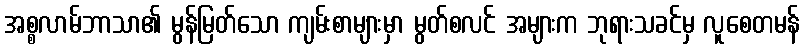
အစ္စလာမ်ဘာသာ၏ မွန်မြတ်သော ကျမ်းစာများမှာ မွတ်စလင် အများက ဘုရားသခင်မှ လူစေတမန်